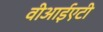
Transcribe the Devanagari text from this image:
वीआईएटी